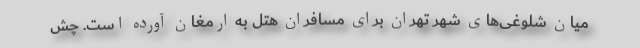
میان شلوغی‌های شهر تهران برای مسافران هتل به ارمغان آورده است. چش